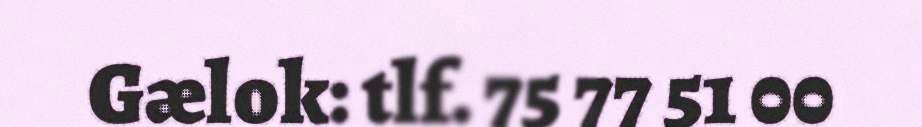
Gælok: tlf. 75 77 51 00